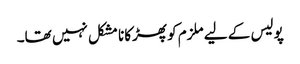
پولیس کے لیے ملزم کو پھڑکانا مشکل نہیں تھا۔